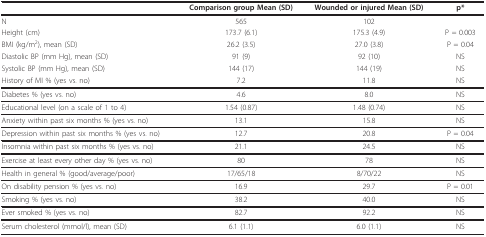
<table><thead><tr><td></td><td><b>Comparison group Mean (SD)</b></td><td><b>Wounded or injured Mean (SD)</b></td><td><b>p*</b></td></tr></thead><tbody><tr><td>N</td><td>565</td><td>102</td><td></td></tr><tr><td>Height (cm)</td><td>173.7 (6.1)</td><td>175.3 (4.9)</td><td>P = 0.003</td></tr><tr><td>BMI (kg/m<sup>2</sup>), mean (SD)</td><td>26.2 (3.5)</td><td>27.0 (3.8)</td><td>P = 0.04</td></tr><tr><td>Diastolic BP (mm Hg), mean (SD)</td><td>91 (9)</td><td>92 (10)</td><td>NS</td></tr><tr><td>Systolic BP (mm Hg), mean (SD)</td><td>144 (17)</td><td>144 (19)</td><td>NS</td></tr><tr><td>History of MI % (yes vs. no)</td><td>7.2</td><td>11.8</td><td>NS</td></tr><tr><td>Diabetes % (yes vs. no)</td><td>4.6</td><td>8.0</td><td>NS</td></tr><tr><td>Educational level (on a scale of 1 to 4)</td><td>1.54 (0.87)</td><td>1.48 (0.74)</td><td>NS</td></tr><tr><td>Anxiety within past six months % (yes vs. no)</td><td>13.1</td><td>15.8</td><td>NS</td></tr><tr><td>Depression within past six months % (yes vs. no)</td><td>12.7</td><td>20.8</td><td>P = 0.04</td></tr><tr><td>Insomnia within past six months % (yes vs. no)</td><td>21.1</td><td>24.5</td><td>NS</td></tr><tr><td>Exercise at least every other day % (yes vs. no)</td><td>80</td><td>78</td><td>NS</td></tr><tr><td>Health in general % (good/average/poor)</td><td>17/65/18</td><td>8/70/22</td><td>NS</td></tr><tr><td>On disability pension % (yes vs. no)</td><td>16.9</td><td>29.7</td><td>P = 0.01</td></tr><tr><td>Smoking % (yes vs. no)</td><td>38.2</td><td>40.0</td><td>NS</td></tr><tr><td>Ever smoked % (yes vs. no)</td><td>82.7</td><td>92.2</td><td>NS</td></tr><tr><td>Serum cholesterol (mmol/l), mean (SD)</td><td>6.1 (1.1)</td><td>6.0 (1.1)</td><td>NS</td></tr></tbody></table>